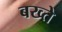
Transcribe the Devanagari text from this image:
बख्ते